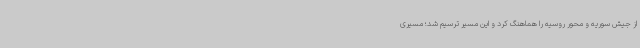
از جیش سوریه و محور روسیه را هماهنگ کرد و این مسیر ترسیم شد؛ مسیری